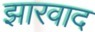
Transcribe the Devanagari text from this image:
झारवाद